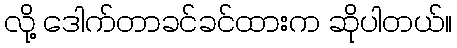
လို့ ဒေါက်တာခင်ခင်ထားက ဆိုပါတယ်။